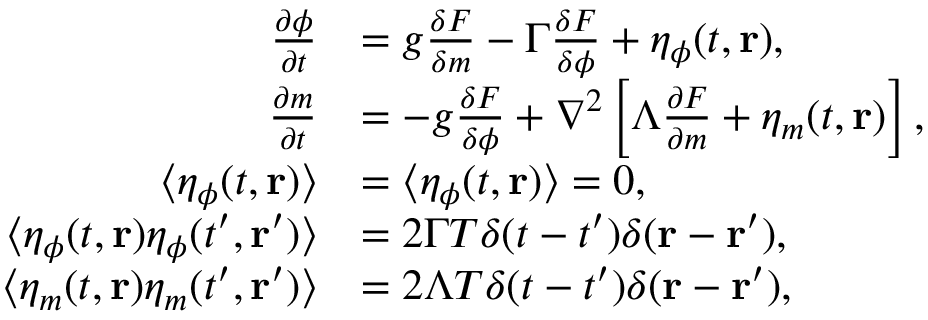
\begin{array} { r l } { \frac { \partial \phi } { \partial t } } & { = g \frac { \delta F } { \delta m } - \Gamma \frac { \delta F } { \delta \phi } + \eta _ { \phi } ( t , { \mathbf { r } } ) , } \\ { \frac { \partial m } { \partial t } } & { = - g \frac { \delta F } { \delta \phi } + \nabla ^ { 2 } \left[ \Lambda \frac { \partial F } { \partial m } + \eta _ { m } ( t , \mathbf { r } ) \right] , } \\ { \langle \eta _ { \phi } ( t , { \mathbf { r } } ) \rangle } & { = \langle \eta _ { \phi } ( t , { \mathbf { r } } ) \rangle = 0 , } \\ { \langle \eta _ { \phi } ( t , { \mathbf { r } } ) \eta _ { \phi } ( t ^ { \prime } , { \mathbf { r } } ^ { \prime } ) \rangle } & { = 2 \Gamma T \delta ( t - t ^ { \prime } ) \delta ( { \mathbf { r } } - { \mathbf { r } } ^ { \prime } ) , } \\ { \langle \eta _ { m } ( t , { \mathbf { r } } ) \eta _ { m } ( t ^ { \prime } , { \mathbf { r } } ^ { \prime } ) \rangle } & { = 2 \Lambda T \delta ( t - t ^ { \prime } ) \delta ( { \mathbf { r } } - { \mathbf { r } } ^ { \prime } ) , } \end{array}